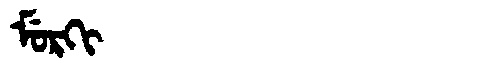
Manchu: ᠮᡠᡵᡴᡳ
Romanization: MURKI